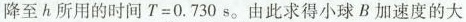
降至 h 所用的时间 $$T = 0 . 7 3 0 s$$。由此求得小球 B 加速度的大